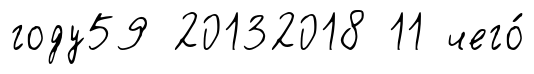
году59 20132018 11 чего́